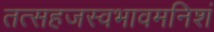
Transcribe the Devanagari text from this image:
तत्सहजस्वभावमनिशं